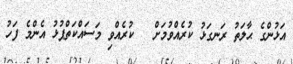
އަޅުންގެ ޙާލަތު ރަނގަޅު ކުރެއްވުމަށް   ކުރެއްވި މަސައްކަތްޕުޅު އެންމެ ފަހު